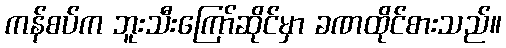
ကန်စပ်က ဘူးသီးကြော်ဆိုင်မှာ ခဏထိုင်စားသည်။